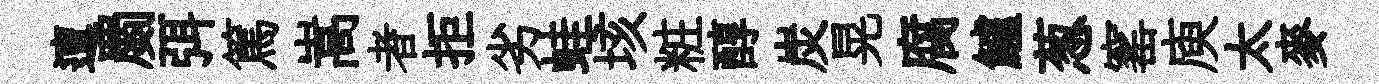
邅罽弭篤嵩者拒劣蛙垓粧醇炭晃腐鱸葱窰庾太麥